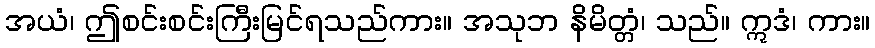
အယံ၊ ဤစင်းစင်းကြီးမြင်ရသည်ကား။ အသုဘ နိမိတ္တံ၊ သည်။ ဣဒံ၊ ကား။